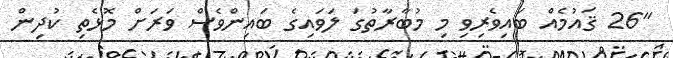
"26 ޤައުމެއް ބައިވެރިވި މި މުބާރާތުގަ ލަވައިގެ ބައިންވެސް ވަރަށް މޮޅެތި ކުދިން